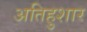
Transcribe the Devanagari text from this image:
अतिहुशार